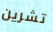
تشرين